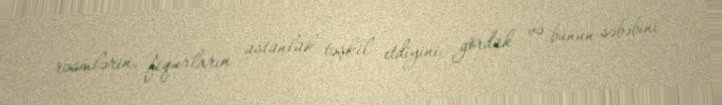
rəsmlərin, fiqurların üstünlük təşkil etdiyini gördük və bunun səbəbini